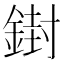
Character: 𨩥